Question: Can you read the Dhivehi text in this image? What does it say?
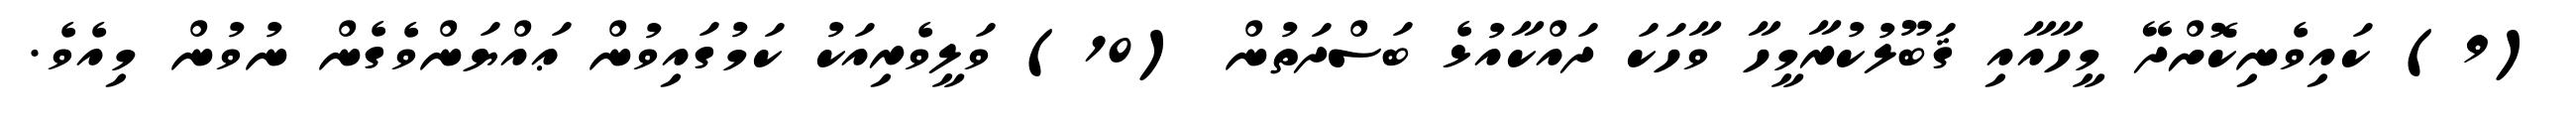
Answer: (9) ކައިވެނިކޮށްދޭ މީހާއާއި ޤަބޫލުކުރާމީހާ ވާހަކަ ދައްކާއުޅެ ބަސްދަތުން (10) ވަލީވެރިއަކު ކަމުގައިވުން ޢައްޔަންވެގެން ނުވުން މިއެވެ.